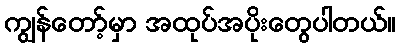
ကျွန်တော့်မှာ အထုပ်အပိုးတွေပါတယ်။